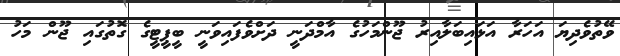
ވޭތުވެދިޔަ އަހަރާ އަޅައިބަލާއިރު ޖޫންމަހުގެ އާމްދަނީ ދަށްވެފައިވަނީ ބީޕީޓީގެ ގޮތުގައި ޖޫން މަހު